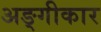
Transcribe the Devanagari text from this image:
अङ्गीकार